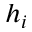
h _ { i }